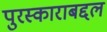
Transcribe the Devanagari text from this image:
पुरस्काराबद्दल